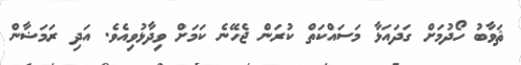
ޘަވާބު ހޯދުމަށް ގަދައަޅާ މަސައްކަތް ކުރަން ޖެހޭނެ ކަމަށް ވިދާޅުވިއެވެ. އަދި ރަމަޟާން